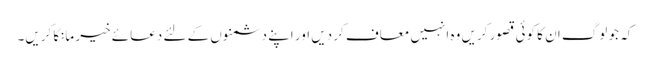
کہ جو لوگ ان کا کوئی قصور کریں وہ انہیں معاف کر دیں اور اپنے دشمنوں کے لئے دعائے خیر مانگا کریں۔